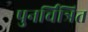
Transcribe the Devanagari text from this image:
पुनर्चित्रित